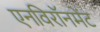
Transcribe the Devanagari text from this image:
एनविरॉनमेंट